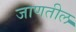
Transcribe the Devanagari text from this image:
जाणतील